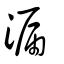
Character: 漏